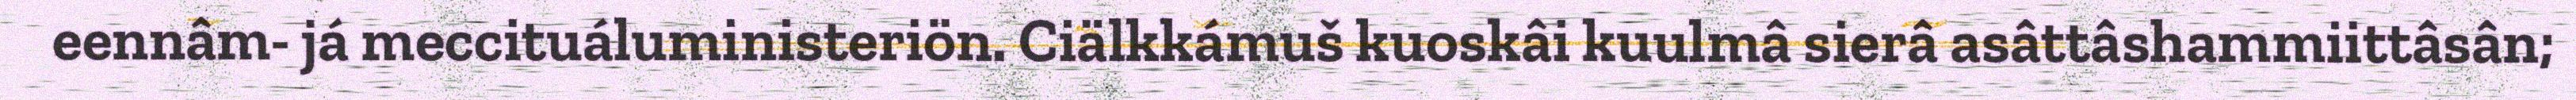
eennâm- já meccituáluministeriön. Ciälkkámuš kuoskâi kuulmâ sierâ asâttâshammiittâsân;